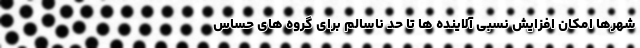
شهرها امکان افزایش نسبی آلاینده ها تا حد ناسالم برای گروه های حساس